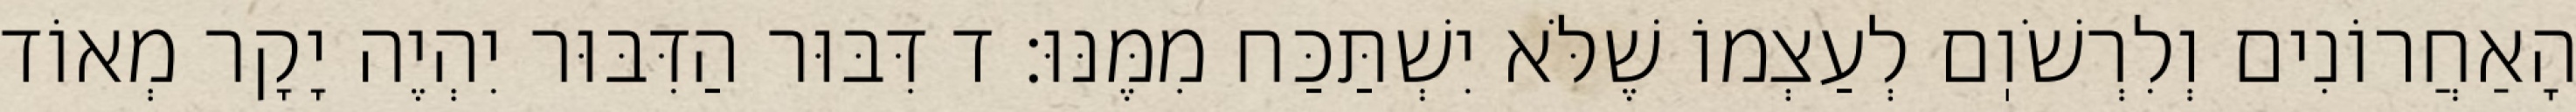
הָאַחֲרוֹנִים וְלִרְשֹׁוֽם לְעַצְמוֹ שֶׁלֹּא יִשְׁתַּכַּח מִמֶּנּוּ: ד דִּבּוּר הַדִּבּוּר יִהְיֶה יָקָר מְאוֹד